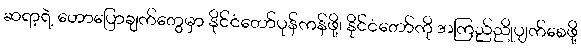
ဆရာ့ရဲ့ ဟောပြောချက်တွေမှာ နိုင်ငံတော်ပုန်ကန်ဖို့၊ နိုင်ငံတော်ကို အကြည်ညိုပျက်စေဖို့